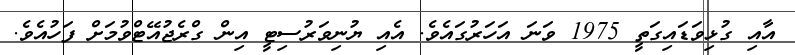
އާއި ގުޅިވަޑައިގަތީ 1975 ވަނަ އަހަރުގައެވެ. އެއި ޔުނިވަރުސިޓީ އިން ގްރެޖުއޭޓްވުމަށް ފަހުއެވެ.